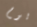
يوم